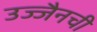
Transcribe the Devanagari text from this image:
उज्जैनची